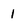
Character: 1